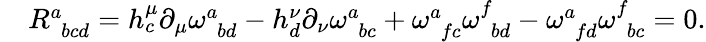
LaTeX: \begin{array}{r}{\begin{array}{rl}&{R_{\phantom{a}bcd}^{a}=h_{c}^{\mu}\partial_{\mu}\omega_{\phantom{a}bd}^{a}-h_{d}^{\nu}\partial_{\nu}\omega_{\phantom{a}bc}^{a}+\omega_{\phantom{a}fc}^{a}\omega_{\phantom{a}bd}^{f}-\omega_{\phantom{a}fd}^{a}\omega_{\phantom{a}bc}^{f}=0.}\end{array}}\end{array}